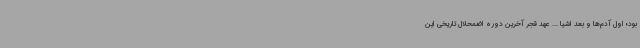
بود؛ اول آدم‌ها و بعد اشیا ... عهد قجر آخرین دوره اضمحلال تاریخی این